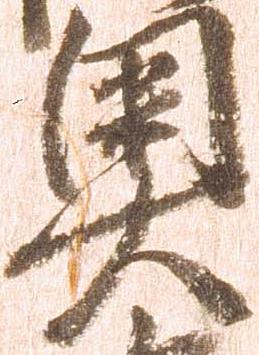
奥